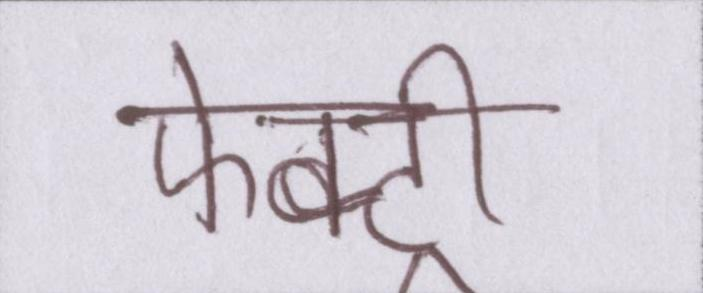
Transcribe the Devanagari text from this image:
फेक्ट्री